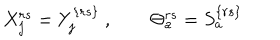
X _ { j } ^ { r s } = Y _ { j } ^ { \{ r s \} } \ , \qquad \Theta _ { a } ^ { r s } = S _ { a } ^ { \{ r s \} }